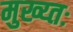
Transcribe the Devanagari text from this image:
मुख्य्तः